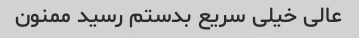
عالی خیلی سریع بدستم رسید ممنون